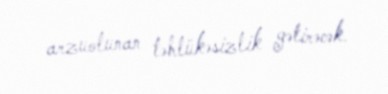
arzuolunan təhlükəsizlik gətirəcək.